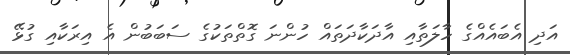
އަދި އެބައެއްގެ ހާލަތާއި އާދަކާދަތައް ހުންނަ ގޮތްތަކުގެ ސަބަބުން އެ އިރަކާއި ގުޅޭ